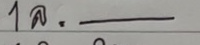
1 ล = --------------